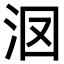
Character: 𣲷